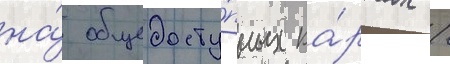
на́ общедосту́пных ка́ртах /